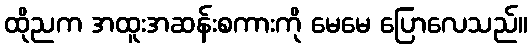
ထိုညက အထူးအဆန်းစကားကို မေမေ ပြောလေသည်။